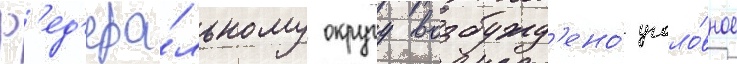
ф'ед'ера́льному округу возбужд'ено́ уголо́вное